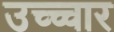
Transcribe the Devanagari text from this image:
उच्च्चार